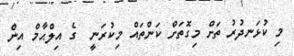
މި ކުޅަނދުރު ތަށް މިގޮތަށް ކަންތައް މިކުރަނީ  ގެ އިލްޙާމް އިން